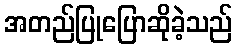
အတည်ပြုပြောဆိုခဲ့သည်